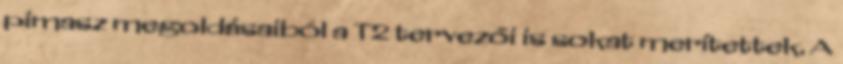
pimasz megoldásaiból a T2 tervezői is sokat merítettek. A